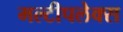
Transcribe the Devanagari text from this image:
मल्टीपलेक्स